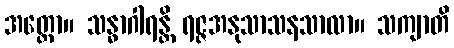
အတ္ထော။ သန္ဓာဂါရန္တိ ရဇ္ဇအနုသာသနသာလာ။ သကျာတိ